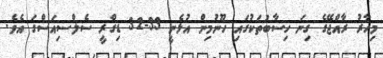
މިހާރު ރާއްޖޭގެ ގިނަ ހިސާބުތަކުގައި ހޫނުމިން އުޅެނީ 33-32 ޑިގްރީ ސެލްސިއަސްގަ އެވެ.